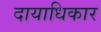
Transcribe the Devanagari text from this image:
दायाधिकार